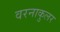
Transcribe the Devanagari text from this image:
वरनाकुलर